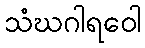
သံဃဂါရဝေါ